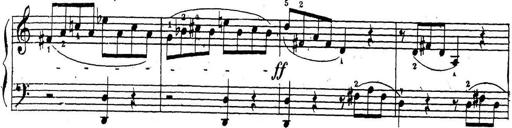
Title: 10 Sonatinas
Composer: Fritz Spindler